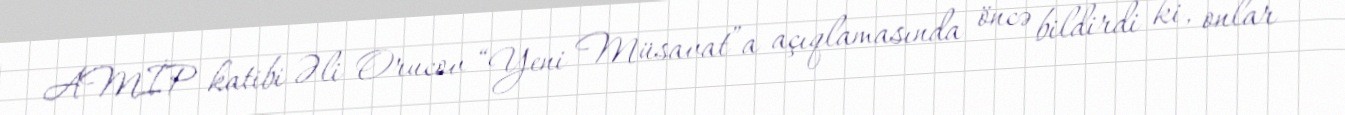
AMİP katibi Əli Orucov “Yeni Müsavat”a açıqlamasında öncə bildirdi ki, onlar